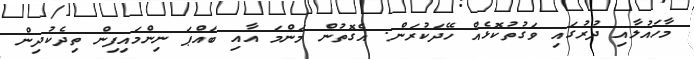
މާހައުލާއި ދުރުގައި ވަގުތުކޮޅެއް ހޭދަކުރަން. އެގޮތުން މަންމަ އާއި ބައްޕަ ނިންމައިފިން ތިދެކުދިން